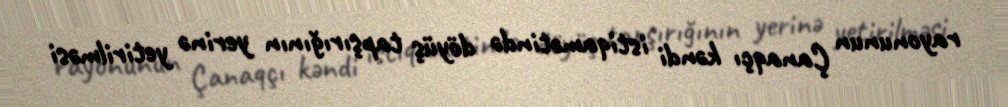
rayonunun Çanaqçı kəndi istiqamətində döyüş tapşırığının yerinə yetirilməsi